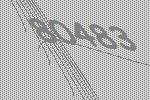
80483